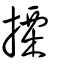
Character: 搮